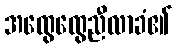
အထွေထွေညီလာခံ၏